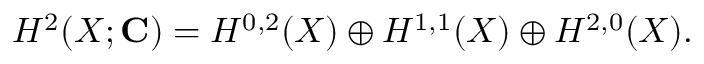
H ^ { 2 } ( X ; { \bf C } ) = H ^ { 0 , 2 } ( X ) \oplus H ^ { 1 , 1 } ( X ) \oplus H ^ { 2 , 0 } ( X ) .